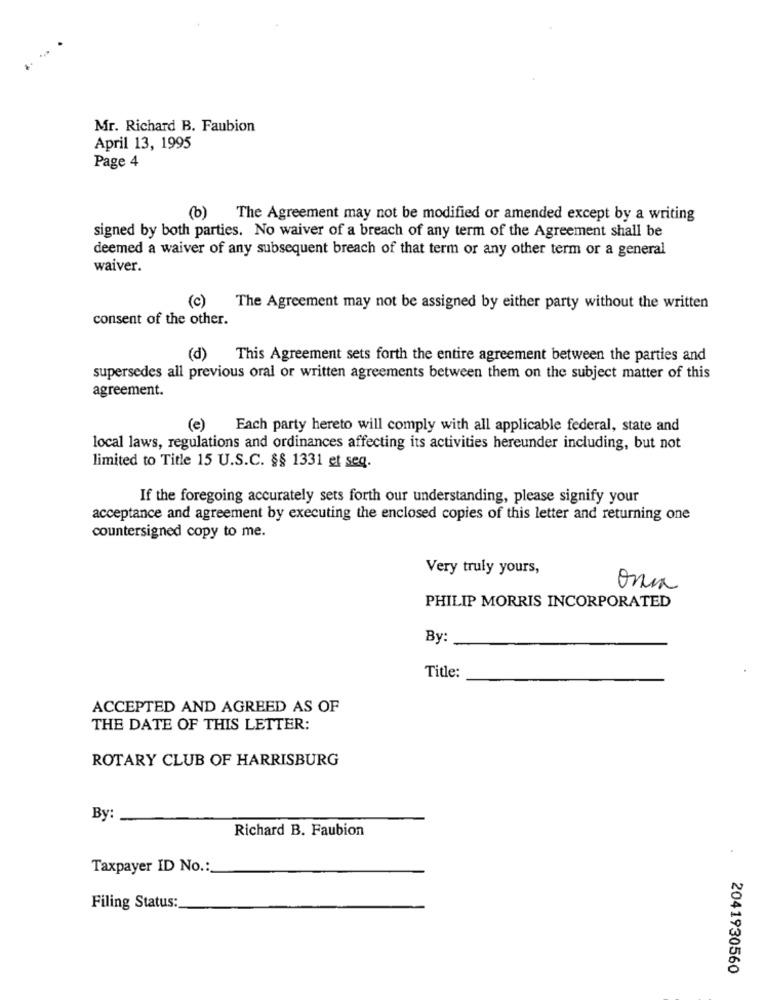
Mr. Richard B. Faubion
April 13, 1995
Page 4
(b)
The Agreement may not be modified or amended except by a writing
signed by both parties. No waiver of a breach of any term of the Agreement shall be
deemed a waiver of any subsequent breach of that term or any other term or a general
waiver.
(c)
The Agreement may not be assigned by either party without the written
consent of the other.
(d)
This Agreement sets forth the entire agreement between the parties and
supersedes all previous oral or written agreements between them on the subject matter of this
agreement.
(e) Each party hereto will comply with all applicable federal, state and
local laws, regulations and ordinances affecting its activities hereunder including, but not
limited to Title 15 U.S.C. §§ 1331 et seq.
If the foregoing accurately sets forth our understanding, please signify your
acceptance and agreement by executing the enclosed copies of this letter and returning one
countersigned copy to me.
Very truly yours,
PHILIP MORRIS INCORPORATED
By:
Title:
ACCEPTED AND AGREED AS OF
THE DATE OF THIS LETTER:
ROTARY CLUB OF HARRISBURG
By:
Richard B. Faubion
Taxpayer ID No .:
Filing Status:
2041930560